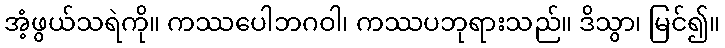
အံ့ဖွယ်သရဲကို။ ကဿပေါဘဂဝါ၊ ကဿပဘုရားသည်။ ဒိသွာ၊ မြင်၍။